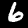
Label: 6